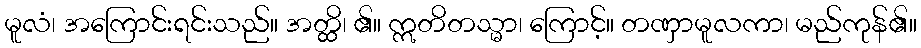
မူလံ၊ အကြောင်းရင်းသည်။ အတ္ထိ၊ ၏။ ဣတိတသ္မာ၊ ကြောင့်။ တဏှာမူလကာ၊ မည်ကုန်၏။